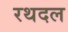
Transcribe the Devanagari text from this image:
रथदल